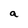
Character: a